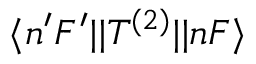
\langle n ^ { \prime } F ^ { \prime } | | T ^ { ( 2 ) } | | n F \rangle